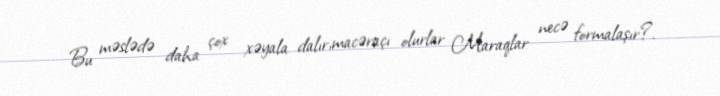
Bu məslədə daha çox xəyala dalır,macəraçı olurlar Maraqlar necə formalaşır?.